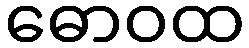
ဓောဝထ